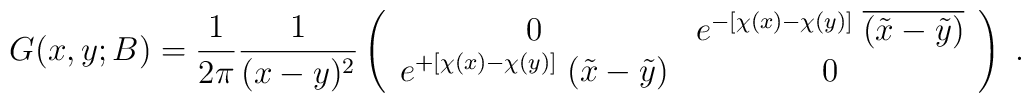
G(x,y;B) =\frac{1}{2\pi} \frac{1}{(x-y)^2} \left( \begin{array}{cc}0 & e^{-[\chi(x)-\chi(y)]} \; \overline{(\tilde{x}-\tilde{y})} \\e^{+[\chi(x)-\chi(y)]} \; (\tilde{x}-\tilde{y}) & 0\end{array} \right) \; .